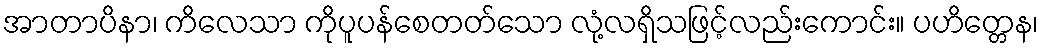
အာတာပိနာ၊ ကိလေသာ ကိုပူပန်စေတတ်သော လုံ့လရှိသဖြင့်လည်းကောင်း။ ပဟိတ္တေန၊